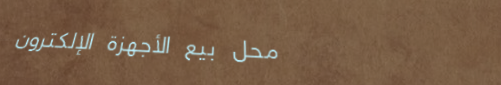
محل بيع الأجهزة الإلكترون